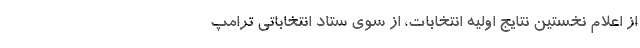
از اعلام نخستین نتایج اولیه انتخابات، از سوی ستاد انتخاباتی ترامپ